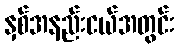
နှစ်အနည်းငယ်အတွင်း